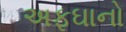
અફઘાનો